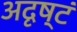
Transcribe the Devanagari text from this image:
अदृष्टं